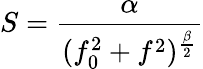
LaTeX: S=\frac{\alpha}{(f_{0}^{2}+f^{2})^{\frac{\beta}{2}}}